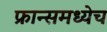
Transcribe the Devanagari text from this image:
फ्रान्समध्येच